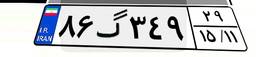
۸۶گ۳۴۹۲۹